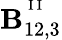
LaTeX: {\mathbf{B}}_{12,3}^{^{\mathrm{{~I~I~}}}}